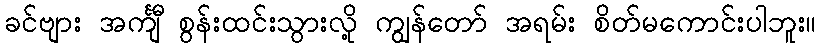
ခင်ဗျား အင်္ကျီ စွန်းထင်းသွားလို့ ကျွန်တော် အရမ်း စိတ်မကောင်းပါဘူး။